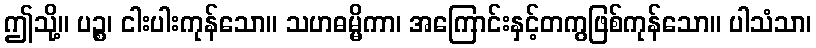
ဤသို့။ ပဉ္စ၊ ငါးပါးကုန်သော။ သဟဓမ္မိကာ၊ အကြောင်းနှင့်တကွဖြစ်ကုန်သော။ ပါသံသာ၊